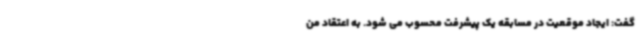
گفت: ایجاد موقعیت در مسابقه یک پیشرفت محسوب می شود. به اعتقاد من